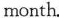
month.